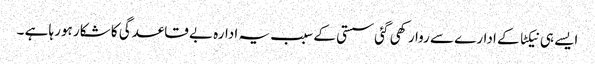
ایسے ہی نیکٹا کے ادارے سے روا رکھی گئی سستی کے سبب یہ ادارہ بے قاعدگی کا شکار ہورہا ہے ۔